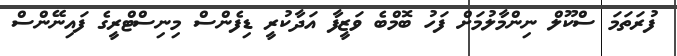
ފުރަތަމަ ސްކޫލް ނިންމާލުމަށް ފަހު ބޮމްބެ ވަޒީފާ އަދާކުރީ ޑިފެންސް މިނިސްޓްރީގެ ފައިނޭންސް